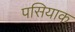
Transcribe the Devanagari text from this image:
पसियाक